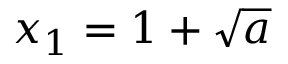
x _ { 1 } = 1 + { \sqrt { a } }